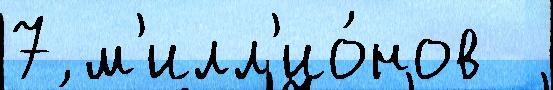
7 м'илл'ио́нов